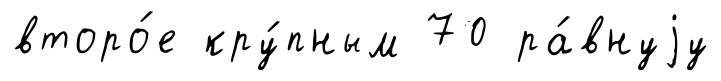
второ́е кру́пным 70 ра́внуjу